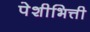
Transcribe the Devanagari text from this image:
पेशीभित्ती